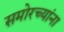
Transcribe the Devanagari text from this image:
समोरच्यांना